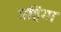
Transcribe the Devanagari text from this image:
महिंगा